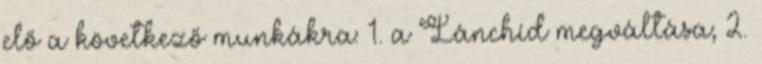
elő a következő munkákra: 1. a Lánchíd megváltása; 2.